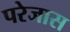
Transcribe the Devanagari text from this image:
परेजास